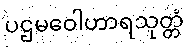
ပဌမဝေါဟာရသုတ္တံ